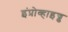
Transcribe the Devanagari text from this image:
इंप्रोव्हाइज्ड